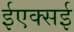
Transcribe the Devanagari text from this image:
ईएक्सई